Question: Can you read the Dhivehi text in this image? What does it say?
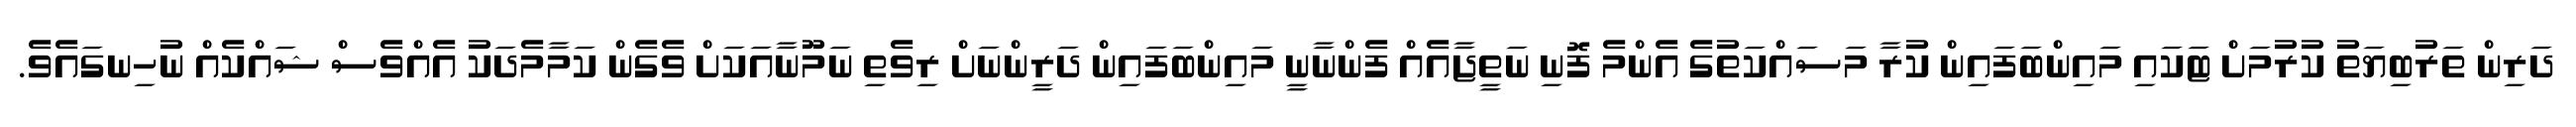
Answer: ދަރިން ތަރުބިޔަތު ކުރުމަށް ޓަކައި މައިންބަފައިން ކުރާ މަސައްކަތުގެ އެންމެ ފޮނި ނަތީޖާއެއް ފެންނާނީ މައިންބަފައިން ދަރީންނަށް ރިވެތި ނަމޫނާއަކަށް ވެގެން ކަމާމެދަކު އެއްވެސް ޝައްކެއް ނުހިނގައެވެ.